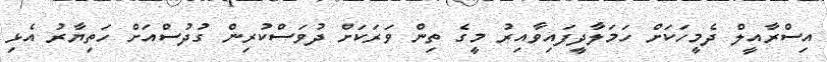
އިސްރާއީލް ދެމީހަކަށް ހަމަލާދީފައިވާއިރު މީގެ ތިން ވަރަކަށް ދުވަސްކުރިން ގުދުސްއަށް ހަތިޔާރު އެޅި